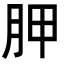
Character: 胛